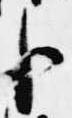
臣